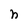
Character: n